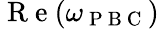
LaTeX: \mathrm{~R~e~}(\omega_{\mathrm{~P~B~C~}})